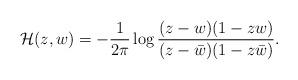
LaTeX: \begin{align*}{\cal H}(z,w)=-\frac{1}{2\pi}\log\frac{(z-w)(1-zw)}{(z-\bar{w})(1-z\bar{w})}. \end{align*}